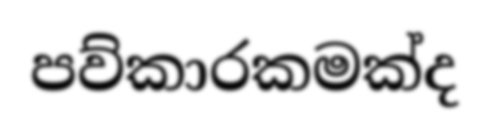
පව්කාරකමක්ද